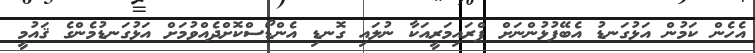
އެހެން ކަމުން އަޅުގަނޑު އެބޭފުޅުންނަށް ޕްރައިމަރީއަކާ ނުލައި ގޮނޑި އެންޑޯސްކޮށްދެއްވުމަށް އަޅުގަނޑުމެންގެ ޤައުމީ